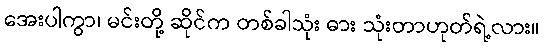
အေးပါကွာ၊ မင်းတို့ ဆိုင်က တစ်ခါသုံး ဓား သုံးတာဟုတ်ရဲ့လား။